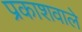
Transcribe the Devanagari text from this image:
प्रकाशवाले